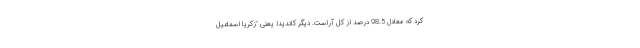
کرد که معادل 98.5 درصد از کل آراست. دیگر کاندیدا یعنی "زکریا اسماعیل